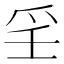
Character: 㸒